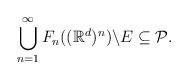
LaTeX: \begin{align*}\bigcup_{n=1}^{\infty}F_{n}((\mathbb{R}^{d})^{n})\backslash E\subseteq{\cal P}.\end{align*}